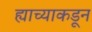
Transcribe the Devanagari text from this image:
ह्याच्याकडून